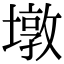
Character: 墩